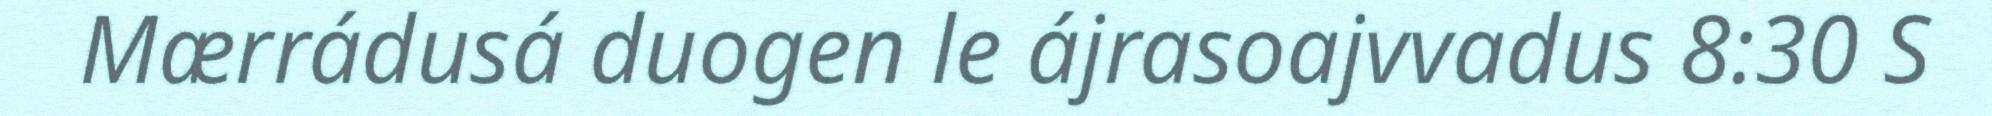
Mærrádusá duogen le ájrasoajvvadus 8:30 S